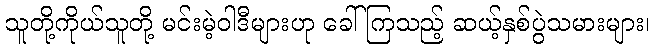
သူတို့ကိုယ်သူတို့ မင်းမဲ့ဝါဒီများဟု ခေါ်ကြသည့် ဆယ့်နှစ်ပွဲသမားများ၊